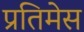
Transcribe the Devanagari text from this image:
प्रतिमेस